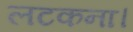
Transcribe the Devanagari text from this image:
लटकना।